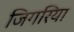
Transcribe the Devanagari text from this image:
जिगरिया